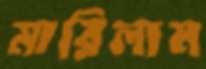
মারিলাম